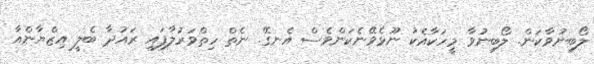
ލޯބިނުވާކަން. ލޯބިނުވާ މީހަކާއެކު ނޫޅެވޭނެކަންވެސް އެނގޭ. ނެތް ހިތްވަރުލާފައި ރައުދާ ބެލީ އިޒްޔާންއާ